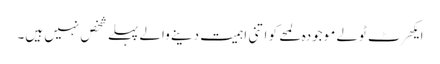
ایکھرٹ ٹولے موجودہ لمحے کو اتنی اہمیت دینے والے پہلے شخص نہیں ہیں۔